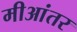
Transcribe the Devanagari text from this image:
मीआंतर